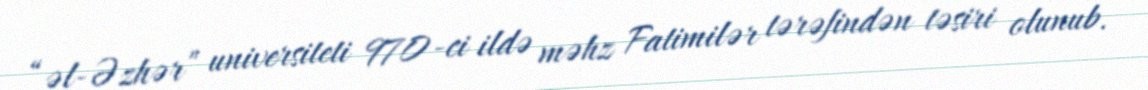
“əl-Əzhər” universiteti 970-ci ildə məhz Fatimilər tərəfindən təsiri olunub.